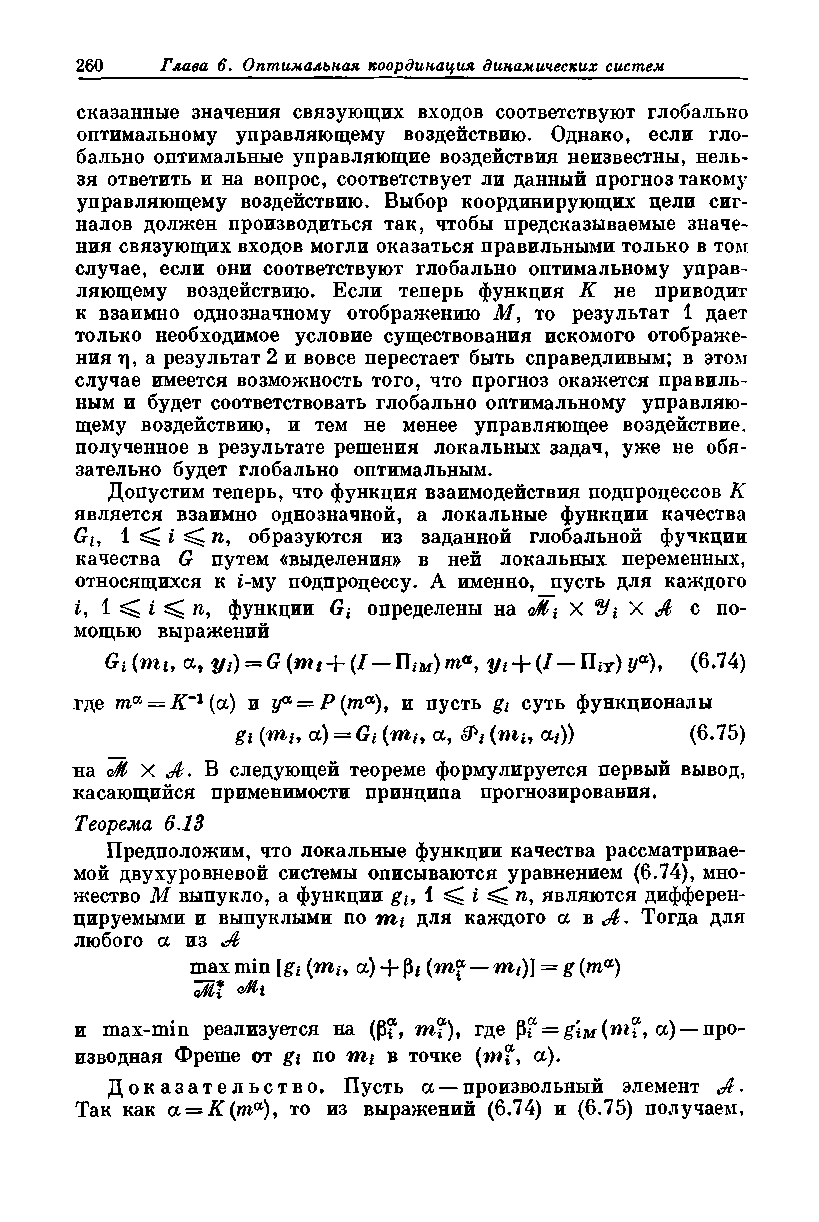
сказанные значения связующих входов соответствуют глобально
 оптимальному управляющему воздействию. Однако, если гло­
 бально оптимальные управляющие воздействия неизвестны, нель­
 зя ответить и на вопрос, соответствует ли данный прогноз такому
 управляющему воздействию. Выбор координирующих цели сиг­
 налов должен производиться так, чтобы предсказываемые значе­
 ния связующих входов могли оказаться правильными только в том
 случае, если они соответствуют глобально оптимальному управ­
 ляющему воздействию. Если теперь функция К не приводит
 к взаимно однозначному отображению М, то результат 1 дает
 только необходимое условие существования искомого отображе­
 ния г), а результат 2 и вовсе перестает быть справедливым; в этом
 случае имеется возможность того, что прогноз окажется правиль­
 ным и будет соответствовать глобально оптимальному управляю­
 щему воздействию, и тем не менее управляющее воздействие,
 полученное в результате решения локальных задач, уже не обя­
 зательно будет глобально оптимальным.
 Допустим теперь, что функция взаимодействия подпроцессов К
 является взаимно однозначной, а локальные функции качества
 Gf, 1 ^ i ^ п, образуются из заданной глобальной функции
 качества G путем «выделения» в ней локальных переменных,
 относящихся к i-му подпроцессу. А именно, пусть для каждого
 i, 1 ^ i ^ п, функции Gi определены на <Mi X У i X Л с по­
 мощью выражений
 Gi(mu a, y t) = G(mt + (I — Пш)та, yt + (I— Uir)ya), (6.74)
 где та = К~1{а) и уа — Р(та)9 и пусть gi суть функционалы
 gi (m,-, а) = Gt (mh а, (т г, аг-)) (6.75)
 на оМ X Л* В следующей теореме формулируется первый вывод,
 касающийся применимости принципа прогнозирования.
 Теорема 6.13
 Предположим, что локальные функции качества рассматривае­
 мой двухуровневой системы описываются уравнением (6.74), мно­
 жество М выпукло, а функции gb 1 ^ i ^ тг, являются дифферен­
 цируемыми и выпуклыми по nii для каждого а в Л- Тогда для
 любого а из Л
 max min [gi (mh а) + p* (mf — m t)] = g (ma)
 cMi Mi
 и max-min реализуется на (pf, mf), где P? = gm (w*i\ a) — про­
 изводная Фреше от gt по m* в точке (mf, a).
 Доказательство. Пусть a — произвольный элемент Л .
 Так как а = К (та), то из выражений (6.74) и (6.75) получаем,